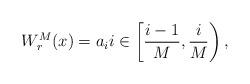
LaTeX: \begin{align*} W_r^M(x) = a_i i \in \left[\frac{i-1}M,\frac iM\right),\end{align*}